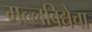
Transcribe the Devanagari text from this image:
मल्लविद्येचा